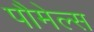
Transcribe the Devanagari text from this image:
पौमेल्स